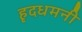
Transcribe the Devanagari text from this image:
हृदधमनी